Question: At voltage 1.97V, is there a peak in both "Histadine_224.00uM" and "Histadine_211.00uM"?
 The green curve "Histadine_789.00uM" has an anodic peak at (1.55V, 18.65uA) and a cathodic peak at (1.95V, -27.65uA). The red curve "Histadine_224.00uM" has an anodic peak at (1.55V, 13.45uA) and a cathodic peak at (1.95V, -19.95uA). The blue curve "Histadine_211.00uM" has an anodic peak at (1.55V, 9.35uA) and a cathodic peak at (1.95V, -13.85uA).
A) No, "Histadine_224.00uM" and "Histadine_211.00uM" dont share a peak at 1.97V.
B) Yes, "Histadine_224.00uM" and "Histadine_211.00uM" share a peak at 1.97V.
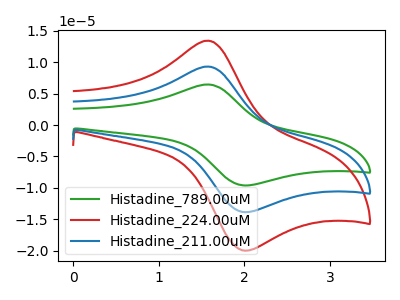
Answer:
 <answer>B) Yes, "Histadine_224.00uM" and "Histadine_211.00uM" share a peak at 1.97V.</answer>
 <eval>B</eval>